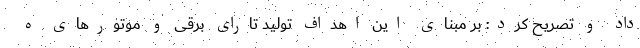
داد و تصریح کرد: بر مبنای این اهداف تولید تارای برقی و موتورهای ه